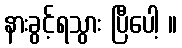
နားခွင့်ရသွား ပြီပေါ့ ။